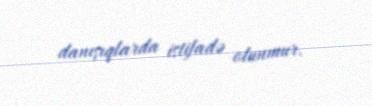
danışıqlarda istifadə olunmur.